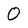
Character: 0